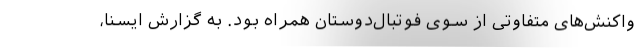
واکنش‌های متفاوتی از سوی فوتبال‌دوستان همراه بود. به گزارش ایسنا،